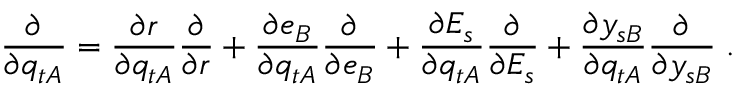
\frac { \partial } { \partial q _ { t A } } = \frac { \partial r } { \partial q _ { t A } } \frac { \partial } { \partial r } + \frac { \partial e _ { B } } { \partial q _ { t A } } \frac { \partial } { \partial e _ { B } } + \frac { \partial E _ { s } } { \partial q _ { t A } } \frac { \partial } { \partial E _ { s } } + \frac { \partial y _ { s B } } { \partial q _ { t A } } \frac { \partial } { \partial y _ { s B } } \; .